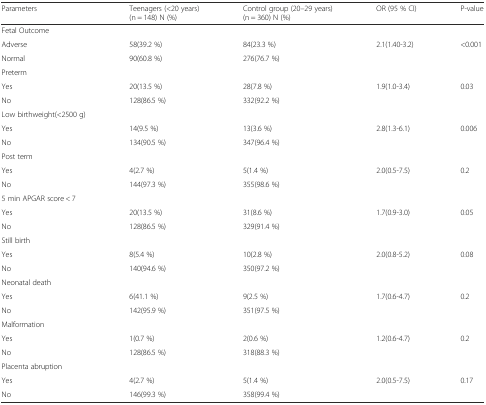
| Parameters | Teenagers (<20 years) (n = 148) N (%) | Control group (20–29 years) (n = 360) N (%) | OR (95 % CI) | P-value |
 | --- | --- | --- | --- | --- |
 | Fetal Outcome |  |  |  |  |
 | Adverse | 58(39.2 %) | 84(23.3 %) | 2.1(1.40-3.2) | <0.001 |
 | Normal | 90(60.8 %) | 276(76.7 %) |  |  |
 | Preterm |  |  |  |  |
 | Yes | 20(13.5 %) | 28(7.8 %) | 1.9(1.0-3.4) | 0.03 |
 | No | 128(86.5 %) | 332(92.2 %) |  |  |
 | Low birthweight(<2500 g) |  |  |  |  |
 | Yes | 14(9.5 %) | 13(3.6 %) | 2.8(1.3-6.1) | 0.006 |
 | No | 134(90.5 %) | 347(96.4 %) |  |  |
 | Post term |  |  |  |  |
 | Yes | 4(2.7 %) | 5(1.4 %) | 2.0(0.5-7.5) | 0.2 |
 | No | 144(97.3 %) | 355(98.6 %) |  |  |
 | 5 min APGAR score < 7 |  |  |  |  |
 | Yes | 20(13.5 %) | 31(8.6 %) | 1.7(0.9-3.0) | 0.05 |
 | No | 128(86.5 %) | 329(91.4 %) |  |  |
 | Still birth |  |  |  |  |
 | Yes | 8(5.4 %) | 10(2.8 %) | 2.0(0.8-5.2) | 0.08 |
 | No | 140(94.6 %) | 350(97.2 %) |  |  |
 | Neonatal death |  |  |  |  |
 | Yes | 6(41.1 %) | 9(2.5 %) | 1.7(0.6-4.7) | 0.2 |
 | No | 142(95.9 %) | 351(97.5 %) |  |  |
 | Malformation |  |  |  |  |
 | Yes | 1(0.7 %) | 2(0.6 %) | 1.2(0.6-4.7) | 0.2 |
 | No | 128(86.5 %) | 318(88.3 %) |  |  |
 | Placenta abruption |  |  |  |  |
 | Yes | 4(2.7 %) | 5(1.4 %) | 2.0(0.5-7.5) | 0.17 |
 | No | 146(99.3 %) | 358(99.4 %) |  |  |